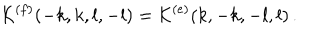
{ \cal K } ^ { ( f ) } ( - k , k , l , - l ) = { \cal K } ^ { ( e ) } ( k , - k , - l , l ) \, .